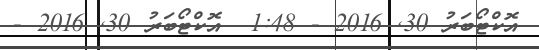
އޮކްޓޯބަރު 30